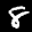
Label: 8